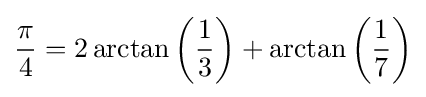
{\pi  \over 4}=2\arctan \left({1 \over 3}\right)+\arctan \left({1 \over 7}\right)